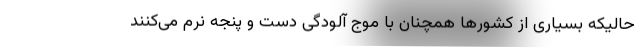
حالیکه بسیاری از کشورها همچنان با موج آلودگی دست و پنجه نرم می‌کنند